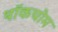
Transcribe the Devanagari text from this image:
थॉकचोम